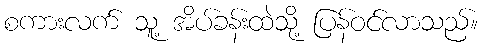
စကားလက် သူ့ အိပ်ခန်းထဲသို့ ပြန်ဝင်လာသည်။